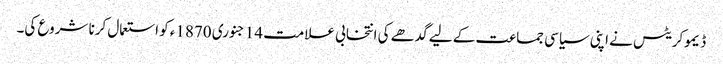
ڈیموکریٹس نے اپنی سیاسی جماعت کے لیے گدھے کی انتخابی علامت 14 جنوری 1870ء کو استعمال کرنا شروع کی۔